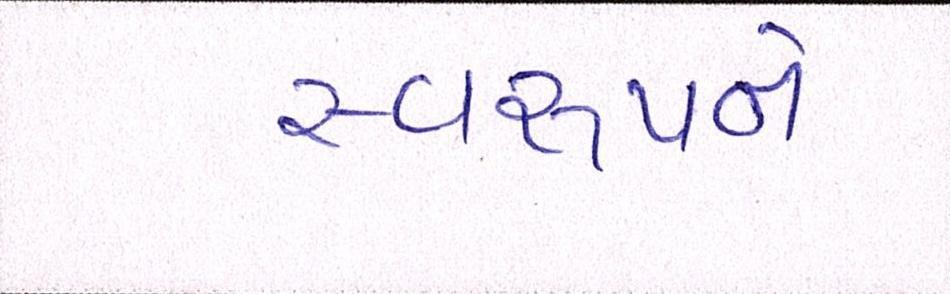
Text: સ્વરૂપને